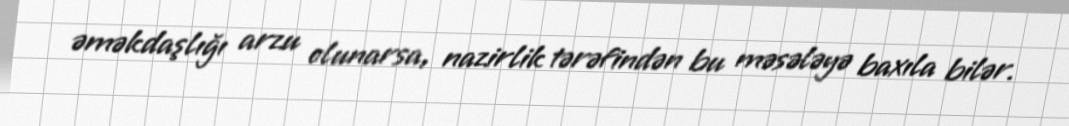
əməkdaşlığı arzu olunarsa, nazirlik tərəfindən bu məsələyə baxıla bilər.